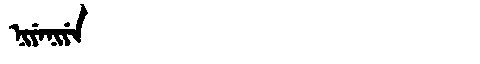
Manchu: ᠨᡳᠶᡝᠨᡳᠶᡝ
Romanization: NIYENIYE